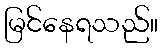
မြင်နေရသည်။